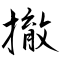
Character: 撤